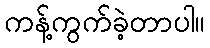
ကန့်ကွက်ခဲ့တာပါ။